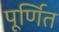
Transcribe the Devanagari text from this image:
पूर्णित